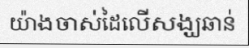
យ៉ាងចាស់ដៃលើសង្ឃឆាន់